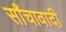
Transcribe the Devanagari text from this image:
साँचावादी